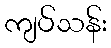
ကျပ်သန်း